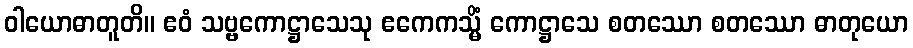
ဝါယောဓာတူတိ။ ဧဝံ သဗ္ဗကောဋ္ဌာသေသု ဧကေကသ္မိံ ကောဋ္ဌာသေ စတဿော စတဿော ဓာတုယော